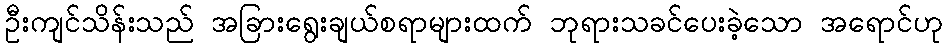
ဦးကျင်သိန်းသည် အခြားရွေးချယ်စရာများထက် ဘုရားသခင်ပေးခဲ့သော အရောင်ဟု